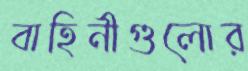
বাহিনীগুলোর